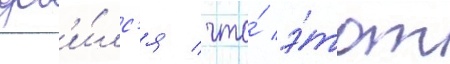
доб'и́лс'я / что́ э́тот